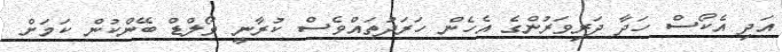
އަދި އެކޯސް ހަދާ ދަރިވަރުންގެ އެހެން ހަރަދުތައްވެސް ކުރާނީ ވޯލްޑް ބޭންކުން ކަމަށް